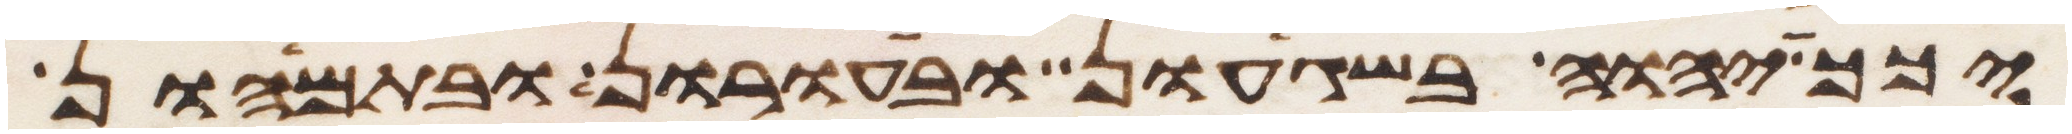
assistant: יכך יהוה בשגעון ובעורון ובתמהון